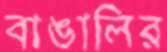
বাঙালির